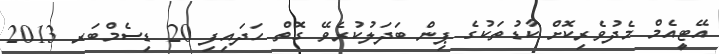
އޭޓީއެމް މެދުވެރިކޮށް ކާޑުތަކުގެ ޕިން ބަދަލުކުރެވޭ ގޮތް ހަދައިފި 20 ޑިސެމްބަރ 2013